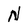
Character: N